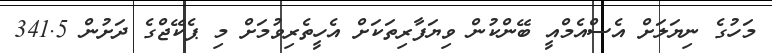
މަހުގެ ނިޔަލަށް އެސްއެމްއީ ބޭންކުން ވިޔަފާރިތަކަށް އެހީތެރިވުމަށް މި ޕެކޭޖްގެ ދަށުން 341.5